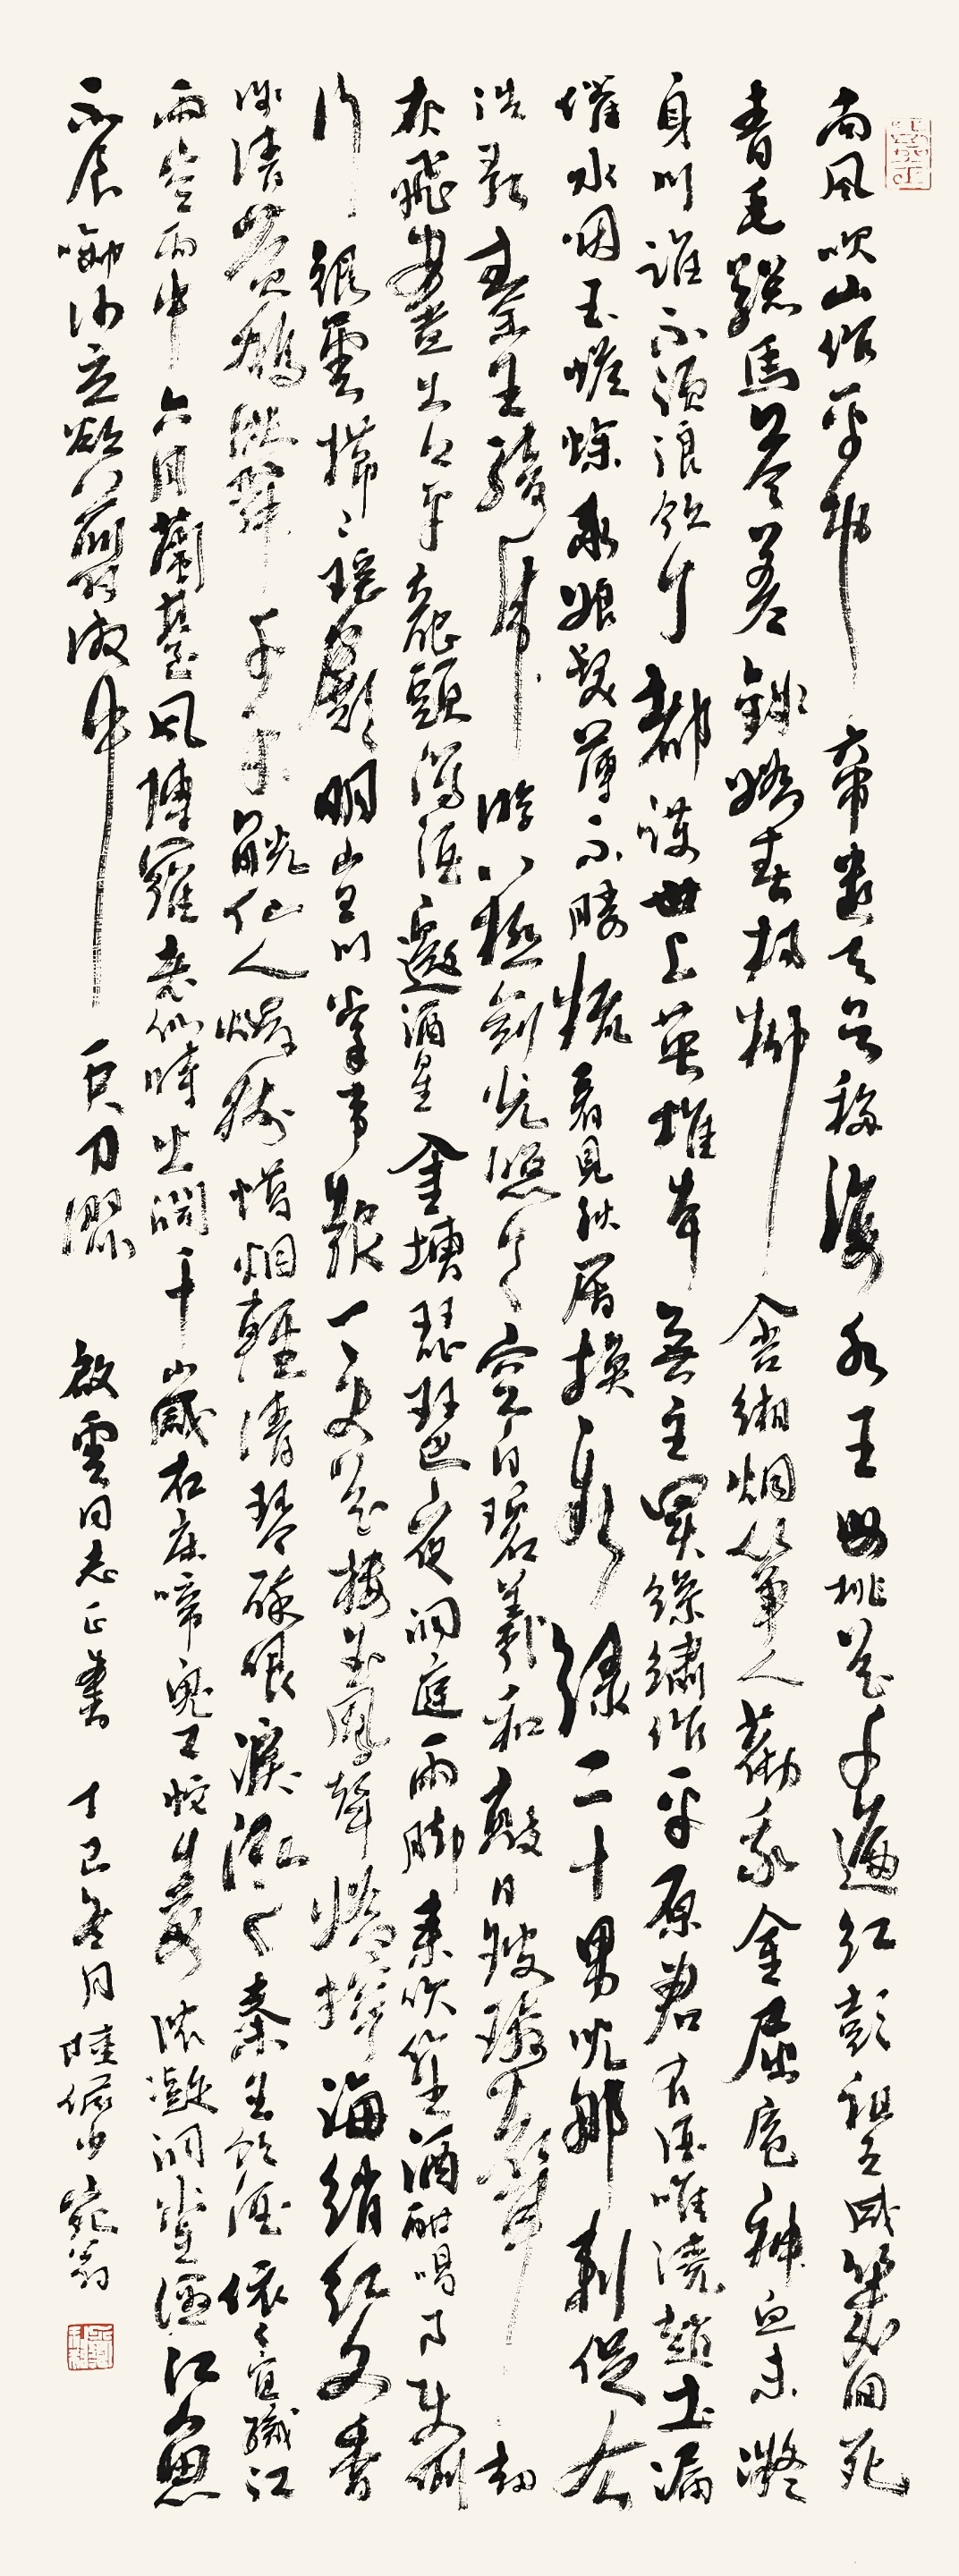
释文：1.南风吹山作平地；帝遣天吴移海水。王母桃花千遍红；彭祖巫咸几回死？青毛骢马参差钱；娇春杨柳含缃烟。筝人劝我金屈卮；神血未凝身问谁？不须浪饮丁都护；世上英雄本无主。买丝绣作平原君；有酒唯浇赵土。漏催水咽玉蟾蜍；卫娘发薄不胜梳。看见秋眉换新绿；二十男儿那刺促？《浩歌》2.秦王骑虎游八极；剑光空照天自碧。羲和敲日玻璃声；劫灰飞尽古今平。龙头泻酒邀酒星；金槽琵琶夜。洞庭雨脚来吹笙；酒酣喝月使倒行。银云栉栉瑶殿明；宫门掌事报一更。花楼玉凤声娇狞；海绡红文香浅清；黄鹅跌舞千年觥。仙人烛树蜡烟轻；清琴醉眼泪泓泓。《秦王饮酒》3.依依宜织江雨空；雨中六月兰台风。博罗老仙时出洞；千岁石床啼鬼工。蛇毒浓凝洞堂湿；江鱼不食衔沙立。欲剪湘中一尺刀涩。启云同志正书。丁巳冬月，陆俨少宛翁。